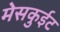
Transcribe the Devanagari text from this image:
मेसकुईट